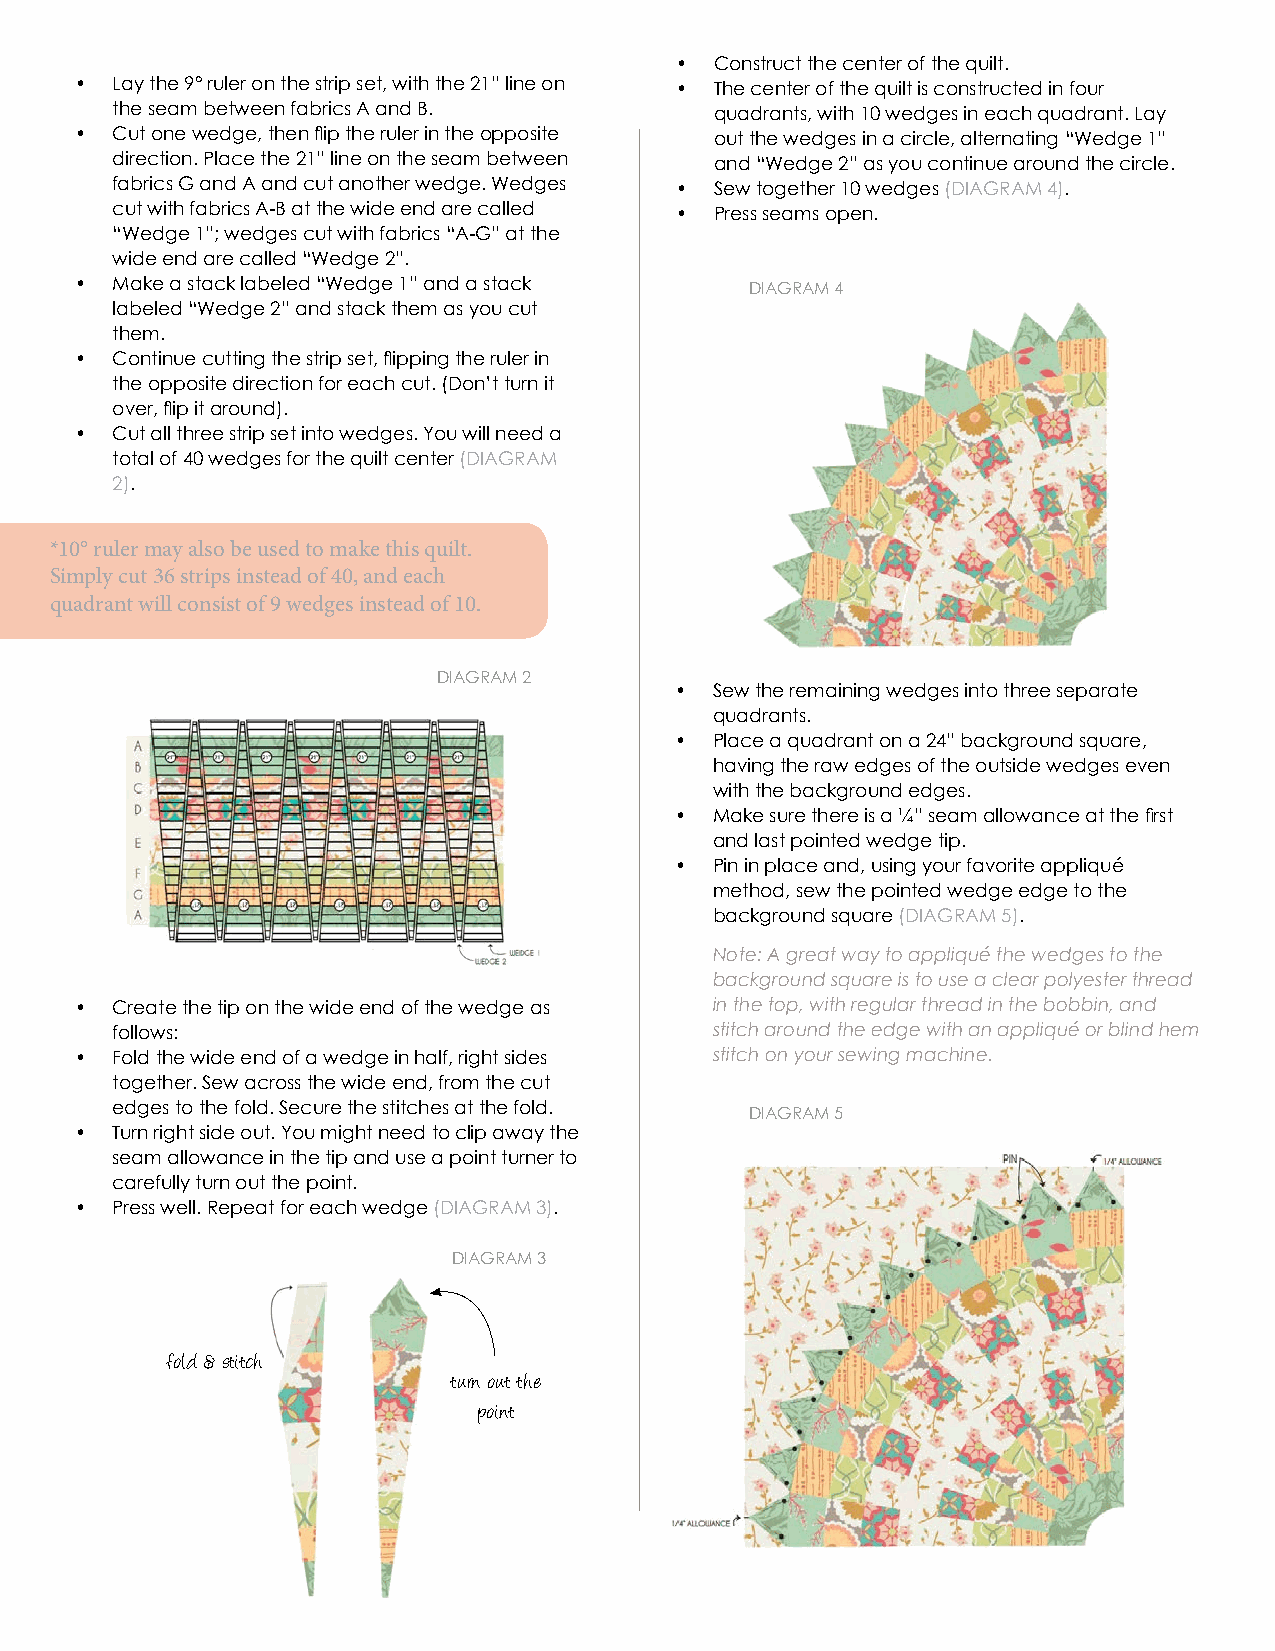
• Construct the center of the quilt.
 • Lay the 9° ruler on the strip set, with the 21” line on • The center of the quilt is constructed in four
 the seam between fabrics A and B.       quadrants, with 10 wedges in each quadrant. Lay
 • Cut one wedge, then flip the ruler in the opposite out the wedges in a circle, alternating “Wedge 1”
 direction. Place the 21” line on the seam between and “Wedge 2” as you continue around the circle.
 fabrics G and A and cut another wedge. Wedges • Sew together 10 wedges (DIAGRAM 4).
 cut with fabrics A-B at the wide end are called • Press seams open.
 “Wedge 1”; wedges cut with fabrics “A-G” at the
 wide end are called “Wedge 2”.
 • Make a stack labeled “Wedge 1” and a stack DIAGRAM 4
 labeled “Wedge 2” and stack them as you cut
 them.
 • Continue cutting the strip set, flipping the ruler in
 the opposite direction for each cut. (Don’t turn it
 over, flip it around).
 • Cut all three strip set into wedges. You will need a
 total of 40 wedges for the quilt center (DIAGRAM
 2).
 *10° ruler may also be used to make this quilt.
 Simply cut 36 strips instead of 40, and each
 quadrant will consist of 9 wedges instead of 10.
 DIAGRAM 2
 • Sew the remaining wedges into three separate
 quadrants.
 • Place a quadrant on a 24” background square,
 having the raw edges of the outside wedges even
 with the background edges.
 • Make sure there is a ¼” seam allowance at the first
 and last pointed wedge tip.
 • Pin in place and, using your favorite appliqué
 method, sew the pointed wedge edge to the
 background square (DIAGRAM 5).
 Note: A great way to appliqué the wedges to the
 background square is to use a clear polyester thread
 • Create the tip on the wide end of the wedge as in the top, with regular thread in the bobbin, and
 follows:                                stitch around the edge with an appliqué or blind hem
 • Fold the wide end of a wedge in half, right sides stitch on your sewing machine.
 together. Sew across the wide end, from the cut
 edges to the fold. Secure the stitches at the fold. DIAGRAM 5
 • Turn right side out. You might need to clip away the
 seam allowance in the tip and use a point turner to
 carefully turn out the point.
 • Press well. Repeat for each wedge (DIAGRAM 3).
 DIAGRAM 3
 fold & stitch
 turn out the
 point